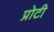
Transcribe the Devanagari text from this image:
प्रोटी